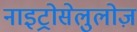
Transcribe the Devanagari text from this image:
नाइट्रोसेलुलोज़